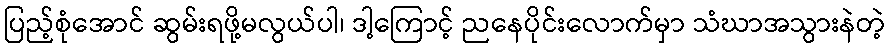
ပြည့်စုံအောင် ဆွမ်းရဖို့မလွယ်ပါ၊ ဒါ့ကြောင့် ညနေပိုင်းလောက်မှာ သံဃာအသွားနဲတဲ့